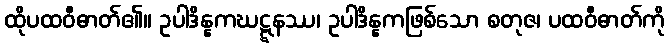
ထိုပထဝီဓာတ်၏။ ဥပါဒိန္နကဃဋ္ဋနဿ၊ ဥပါဒိန္နကဖြစ်သော စတုဇ၊ ပထဝီဓာတ်ကို